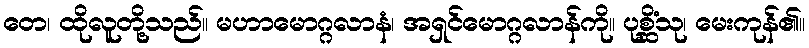
တေ၊ ထိုလူတို့သည်။ မဟာမောဂ္ဂလာနံ၊ အရှင်မောဂ္ဂလာန်ကို။ ပုစ္ဆိံသု၊ မေးကုန်၏။